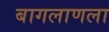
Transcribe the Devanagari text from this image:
बागलाणला